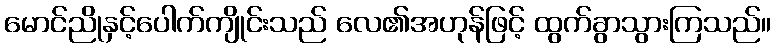
မောင်ညိုနှင့်ပေါက်ကျိုင်းသည် လေ၏အဟုန်ဖြင့် ထွက်ခွာသွားကြသည်။